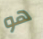
هو